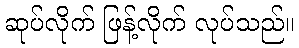
ဆုပ်လိုက် ဖြန့်လိုက် လုပ်သည်။